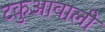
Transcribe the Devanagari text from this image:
टकुआवाली